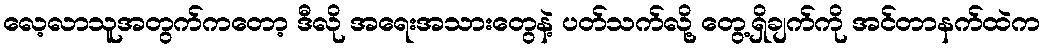
လေ့လာသူအတွက်ကတော့ ဒီလို အရေးအသားတွေနဲ့ ပတ်သက်လို့ တွေ့ရှိချက်ကို အင်တာနက်ထဲက